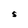
Character: S